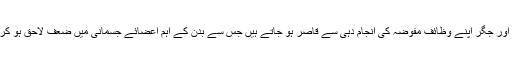
کثرتِ غذا کے سبب ان لوگوں کے گردے اور جگر اپنے وظائف مفوضہ کی انجام دہی سے قاصر ہو جاتے ہیں جس سے بدن کے اہم اعضائے جسمانی میں ضعف لاحق ہو کر صحت کو ناقابل تلافی نقصان پہنچتا ہے۔